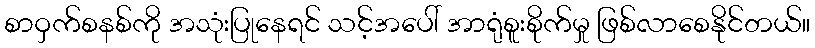
စာဝှက်စနစ်ကို အသုံးပြုနေရင် သင့်အပေါ် အာရုံစူးစိုက်မှု ဖြစ်လာစေနိုင်တယ်။